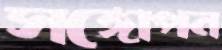
সঙ্গোপন